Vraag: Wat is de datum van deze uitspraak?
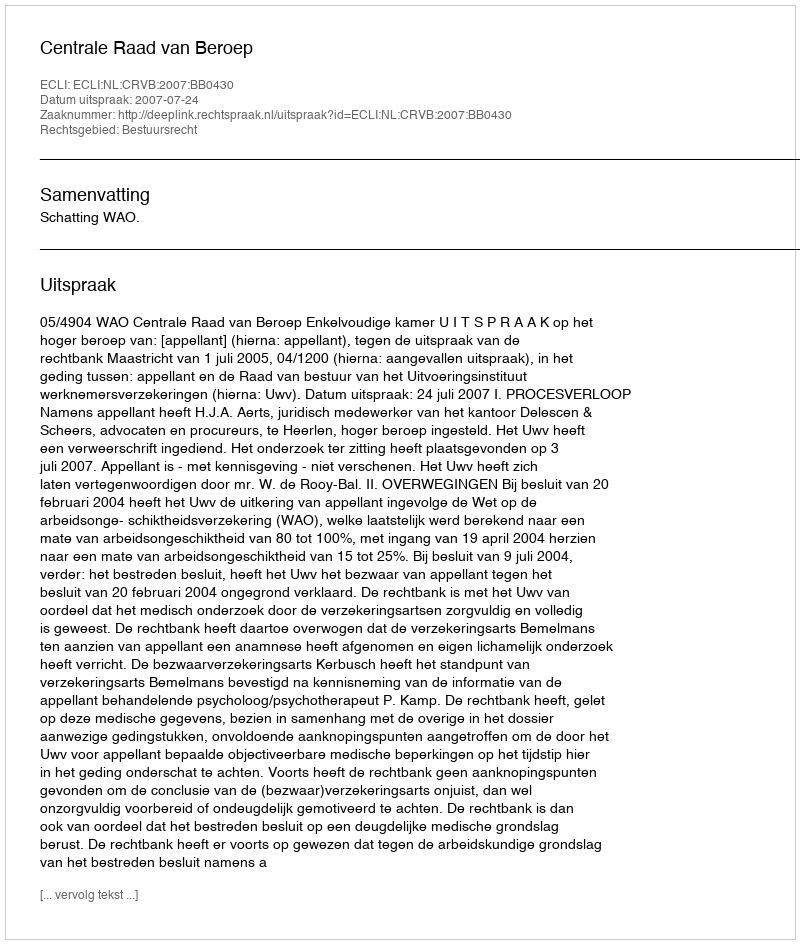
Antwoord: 2007-07-24